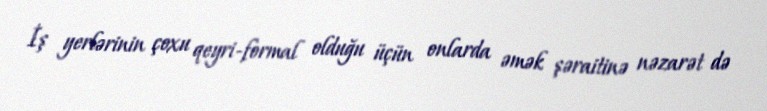
İş yerlərinin çoxu qeyri-formal olduğu üçün onlarda əmək şəraitinə nəzarət də